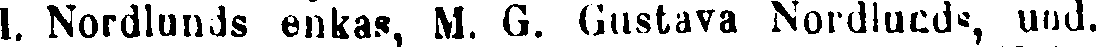
1. Nordlunds enkas, M. G. Gustava Nordlunds, und.